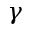
\gamma